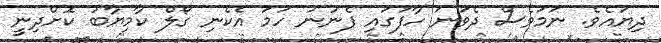
ދިޔައެވެ. ނަމަވެސް ދެވަނަ ހާފުގައި ފެނުނު ހަމަ އެކެނި ގޯލް ކާމިޔާބު ކޮށްދިނީ